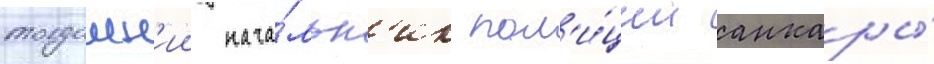
тогдашн'ии нача́льн'ик пол'и́ции анкары́